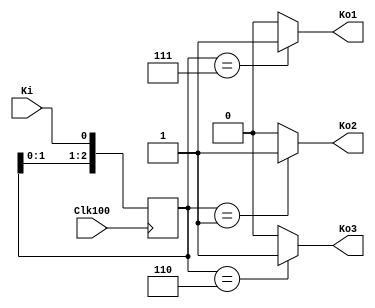
// Ch10 debounce1.v
// huq 1

module debounce1 (Clk100,Ki,Ko1,Ko2,Ko3);
input  Clk100,Ki;	// @J
output Ko1,Ko2,Ko3;	// @X
reg    Ko1,Ko2,Ko3;	// is
reg    [2:0] Q;		// is

// Wv 100 Hz, sT
always@ (posedge Clk100)
  begin
    Q[2] = Q[1]; 
    Q[1] = Q[0];
    Q[0] = Ki;
  end

// huH
always@ (Q)
  begin
    if (Q == 3'b111)	// et
      Ko1 = 1;
    else
      Ko1 = 0;
    if (Q == 3'b001)	// et
      Ko2 = 1;
    else
      Ko2 = 0;
    if (Q == 3'b110)	// t
      Ko3 = 1;
    else
      Ko3 = 0;
  end

endmodule